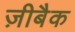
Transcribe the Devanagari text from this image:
ज़ीबैक